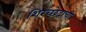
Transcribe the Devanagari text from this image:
शिरच्छेदाची